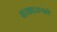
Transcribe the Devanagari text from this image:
कायद्याअन्वये